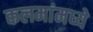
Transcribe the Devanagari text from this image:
कलमांमध्ये